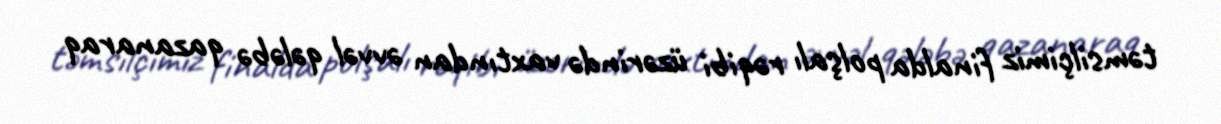
təmsilçimiz finalda polşalı rəqibi üzərində vaxtından əvvəl qələbə qazanaraq